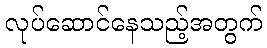
လုပ်ဆောင်နေသည့်အတွက်